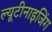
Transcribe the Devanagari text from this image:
ल्यूटीनाइजिंग